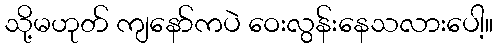
သို့မဟုတ် ကျနော်ကပဲ ဝေးလွန်းနေသလားပေါ့။